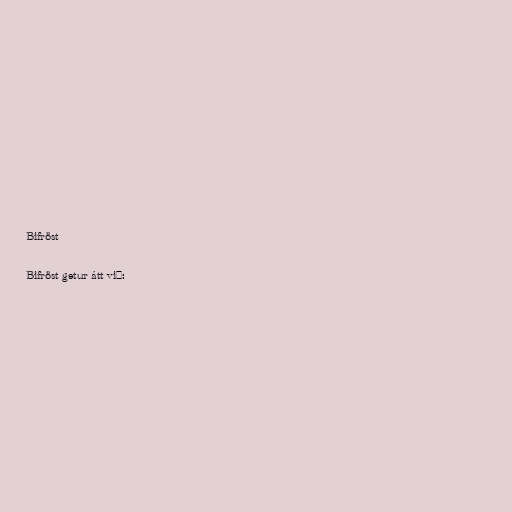
Bifröst

Bifröst getur átt við: